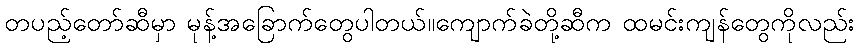
တပည့်တော်ဆီမှာ မုန့်အခြောက်တွေပါတယ်။ကျောက်ခဲတို့ဆီက ထမင်းကျန်တွေကိုလည်း